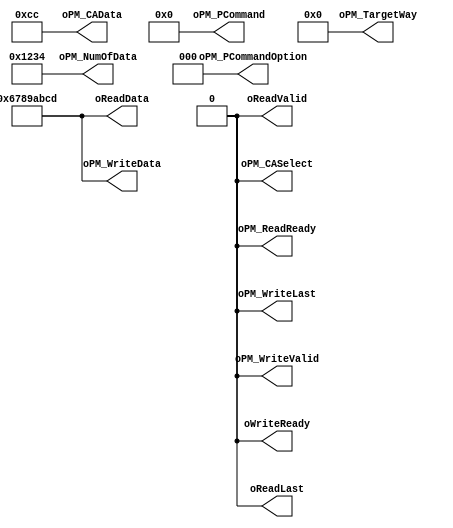
module NPCG_Toggle_bCMD_IDLE
#
(
    parameter NumberOfWays    =   4
)
(
    oWriteReady             ,
    oReadData               ,
    oReadLast               ,
    oReadValid              ,
    oPM_PCommand            ,
    oPM_PCommandOption      ,
    oPM_TargetWay           ,
    oPM_NumOfData           ,
    oPM_CASelect            ,
    oPM_CAData              ,
    oPM_WriteData           ,
    oPM_WriteLast           ,
    oPM_WriteValid          ,
    oPM_ReadReady           
);
    output                          oWriteReady             ;
    output  [31:0]                  oReadData               ;
    output                          oReadLast               ;
    output                          oReadValid              ;
    output  [7:0]                   oPM_PCommand            ;
    output  [2:0]                   oPM_PCommandOption      ;
    output  [NumberOfWays - 1:0]    oPM_TargetWay           ;
    output  [15:0]                  oPM_NumOfData           ;
    output                          oPM_CASelect            ;
    output  [7:0]                   oPM_CAData              ;
    output  [31:0]                  oPM_WriteData           ;
    output                          oPM_WriteLast           ;
    output                          oPM_WriteValid          ;
    output                          oPM_ReadReady           ;
    assign oWriteReady = 1'b0;
    assign oReadData[31:0] = 32'h6789_ABCD;
    assign oReadLast = 1'b0;
    assign oReadValid = 1'b0;
    assign oPM_PCommand[7:0] = 8'b0000_0000;
    assign oPM_PCommandOption[2:0] = 3'b000;
    assign oPM_TargetWay[NumberOfWays - 1:0] = 4'b0000;
    assign oPM_NumOfData[15:0] = 16'h1234;
    assign oPM_CASelect = 1'b0;
    assign oPM_CAData[7:0] = 8'hCC;
    assign oPM_WriteData[31:0] = 32'h6789_ABCD;
    assign oPM_WriteLast = 1'b0;
    assign oPM_WriteValid = 1'b0;
    assign oPM_ReadReady = 1'b0;
endmodule